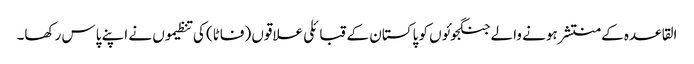
القاعدہ کے منتشر ہونے والے جنگجوئوں کو پاکستان کے قبائلی علاقوں (فاٹا) کی تنظیموں نے اپنے پاس رکھا۔